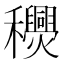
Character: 𥤎